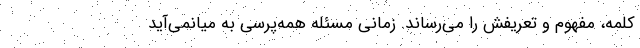
کلمه، مفهوم و تعریفش را می‌رساند. زمانی مسئله همه‌پرسی به میانمی‌آید